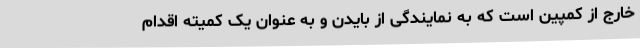
خارج از کمپین است که به نمایندگی از بایدن و به عنوان یک کمیته اقدام